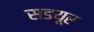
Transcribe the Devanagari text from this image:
सडयूर